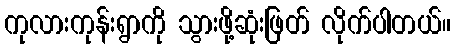
ကုလားကုန်းရွာကို သွားဖို့ဆုံးဖြတ် လိုက်ပါတယ်။